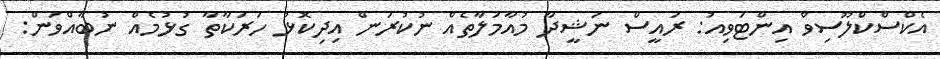
އެކްސްކްލޫސިވް އިންޓަވިއު: ރައީސް ނަޝީދާ މުއާމަލާތެއް ނުކުރަން އިދިކޮޅު ހަރަކާތާ ގުޅުމެއް ނުބާއްވަން: